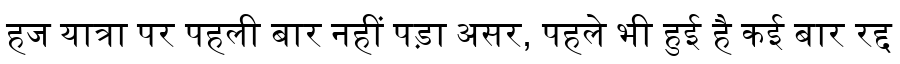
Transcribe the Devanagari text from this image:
हज यात्रा पर पहली बार नहीं पड़ा असर, पहले भी हुई है कई बार रद्द